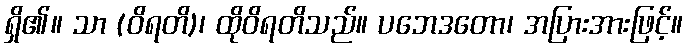
ရှိ၏။ သာ (ဝိရတိ)၊ ထိုဝိရတိသည်။ ပဘေဒတော၊ အပြားအားဖြင့်။